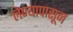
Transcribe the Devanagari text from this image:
लेण्यापासून